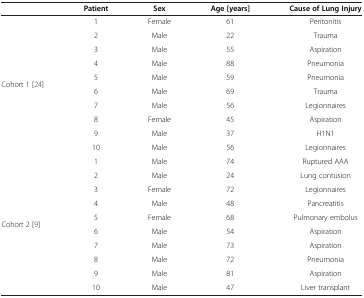
<table><thead><tr><td>[EMPTY_CELL]</td><td><b>Patient</b></td><td><b>Sex</b></td><td><b>Age [years]</b></td><td><b>Cause of Lung Injury</b></td></tr></thead><tbody><tr><td rowspan="10">Cohort 1[24]</td><td>1</td><td>Female</td><td>61</td><td>Peritonitis</td></tr><tr><td>2</td><td>Male</td><td>22</td><td>Trauma</td></tr><tr><td>3</td><td>Male</td><td>55</td><td>Aspiration</td></tr><tr><td>4</td><td>Male</td><td>88</td><td>Pneumonia</td></tr><tr><td>5</td><td>Male</td><td>59</td><td>Pneumonia</td></tr><tr><td>6</td><td>Male</td><td>69</td><td>Trauma</td></tr><tr><td>7</td><td>Male</td><td>56</td><td>Legionnaires</td></tr><tr><td>8</td><td>Female</td><td>45</td><td>Aspiration</td></tr><tr><td>9</td><td>Male</td><td>37</td><td>H1N1</td></tr><tr><td>10</td><td>Male</td><td>56</td><td>Legionnaires</td></tr><tr><td rowspan="9">Cohort 2[9]</td><td>1</td><td>Male</td><td>74</td><td>Ruptured AAA</td></tr><tr><td>2</td><td>Male</td><td>24</td><td>Lung contusion</td></tr><tr><td>3</td><td>Female</td><td>72</td><td>Legionnaires</td></tr><tr><td>4</td><td>Male</td><td>48</td><td>Pancreatitis</td></tr><tr><td>5</td><td>Female</td><td>68</td><td>Pulmonary embolus</td></tr><tr><td>6</td><td>Male</td><td>54</td><td>Aspiration</td></tr><tr><td>7</td><td>Male</td><td>73</td><td>Aspiration</td></tr><tr><td>8</td><td>Male</td><td>72</td><td>Pneumonia</td></tr><tr><td>9</td><td>Male</td><td>81</td><td>Aspiration</td></tr><tr><td>[EMPTY_CELL]</td><td>10</td><td>Male</td><td>47</td><td>Liver transplant</td></tr></tbody></table>